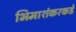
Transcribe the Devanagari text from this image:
भिमाशंकरकडे